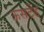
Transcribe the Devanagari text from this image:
ऊसटेंड